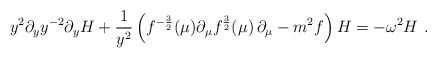
\begin{align*}y^2 \partial_y y^{-2} \partial_y H + {1\over y^2}\left( f^{-{3\over2}}(\mu) \partial_\mu f^{{3\over 2}}(\mu)\,\partial_\mu -m^2f\right)H= -\omega^2 H\ .\end{align*}